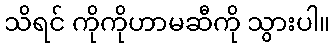
သိရင် ကိုကိုဟာမဆီကို သွားပါ။